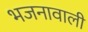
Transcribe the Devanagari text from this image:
भजनावाली